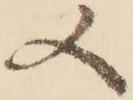
又